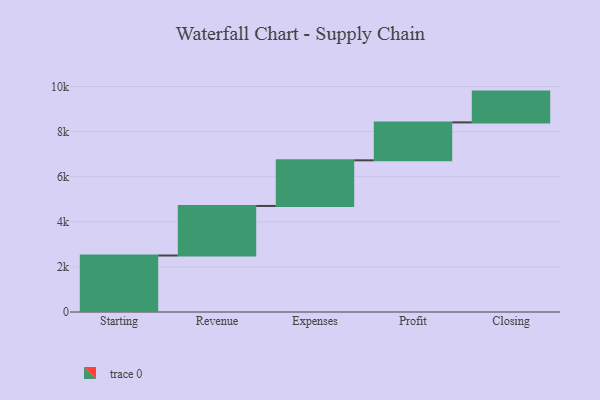
{"axis": {"x": "Step", "y": "Value"}, "legend": [""], "data": [{"x": "Starting", "y": 2504.0, "type": ""}, {"x": "Revenue", "y": 2198.0, "type": ""}, {"x": "Expenses", "y": 2023.0, "type": ""}, {"x": "Profit", "y": 1682.0, "type": ""}, {"x": "Closing", "y": 1365.0, "type": ""}]}